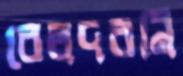
বেলদরনি